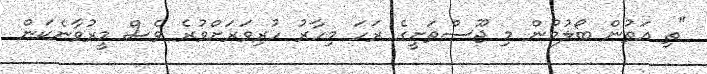
"ތި އަތުން ބޯލުމުން މި ޖޫސްތަށީގެ ރަހަ މިހާރު ހުރިވަރަށްވުރެ ވެސް މީރުވާނެކަން